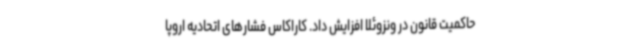
حاکمیت قانون در ونزوئلا افزایش داد. کاراکاس فشارهای اتحادیه اروپا